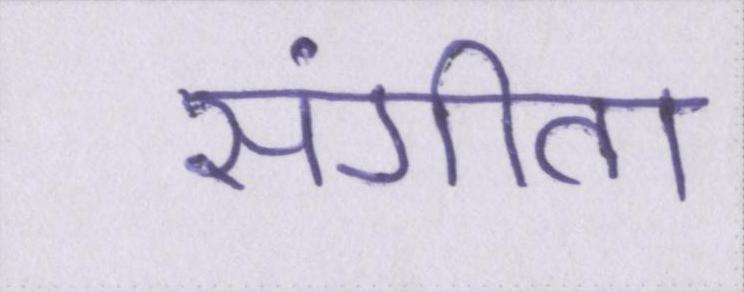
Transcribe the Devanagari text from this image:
संगीता